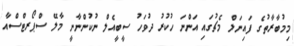
މިމުބާރާތުގެ ފައިނަލް މެޗުގައި އަންނަ ހުކުރު ދުވަހު ސީބީއެލް ނުކުންނާނީ މާލޭ ސްޕޯރޓްސްއާ